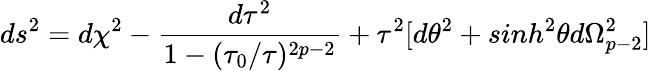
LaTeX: ds^{2}=d\chi^{2}-\frac{d\tau^{2}}{1-(\tau_{0}/\tau)^{2p-2}}+\tau^{2}[d\theta^{2}+sinh^{2}\theta d\Omega_{p-2}^{2}]